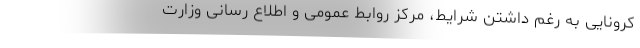
کرونایی به رغم داشتن شرایط، مرکز روابط عمومی و اطلاع رسانی وزارت